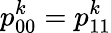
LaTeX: p_{00}^{k}=p_{11}^{k}